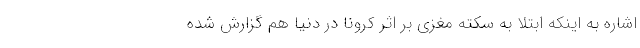
اشاره به اینکه ابتلا به سکته مغزی بر اثر کرونا در دنیا هم گزارش شده